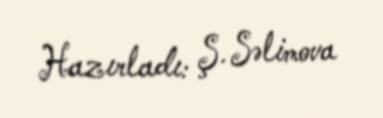
Hazırladı: Ş. Səlimova